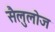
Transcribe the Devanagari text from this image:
सैलुलोज